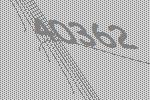
40362